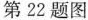
第22题图